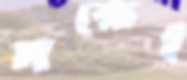
পক্ষেই